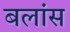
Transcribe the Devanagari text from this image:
बलांस